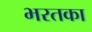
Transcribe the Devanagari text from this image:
भरतका